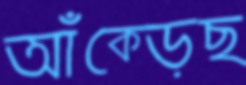
আঁক্‌ড়েছ